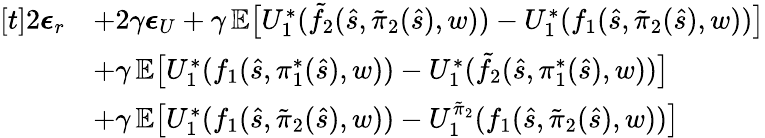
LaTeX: \begin{array}{rl}{[t]2\boldsymbol{\epsilon}_{r}}&{+2\gamma\boldsymbol{\epsilon}_{U}+\gamma\, \mathbb{E}\bigl[U_{1}^{*}(\tilde{f}_{2}(\hat{s},\tilde{\pi}_{2}(\hat{s}),w))-U_{1}^{*}(f_{1}(\hat{s},\tilde{\pi}_{2}(\hat{s}),w))\bigr]}\\ &{+\gamma\, \mathbb{E}\bigl[U_{1}^{*}(f_{1}(\hat{s},\pi_{1}^{*}(\hat{s}),w))-U_{1}^{*}(\tilde{f}_{2}(\hat{s},\pi_{1}^{*}(\hat{s}),w))\bigr]}\\ &{+\gamma\, \mathbb{E}\bigl[U_{1}^{*}(f_{1}(\hat{s},\tilde{\pi}_{2}(\hat{s}),w))-U_{1}^{\tilde{\pi}_{2}}(f_{1}(\hat{s},\tilde{\pi}_{2}(\hat{s}),w))\bigr]}\end{array}